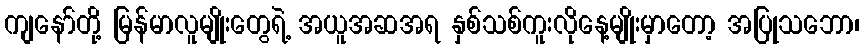
ကျနော်တို့ မြန်မာလူမျိုးတွေရဲ့ အယူအဆအရ နှစ်သစ်ကူးလိုနေ့မျိုးမှာတော့ အပြုသဘော၊